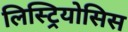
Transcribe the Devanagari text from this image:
लिस्ट्रियोसिस